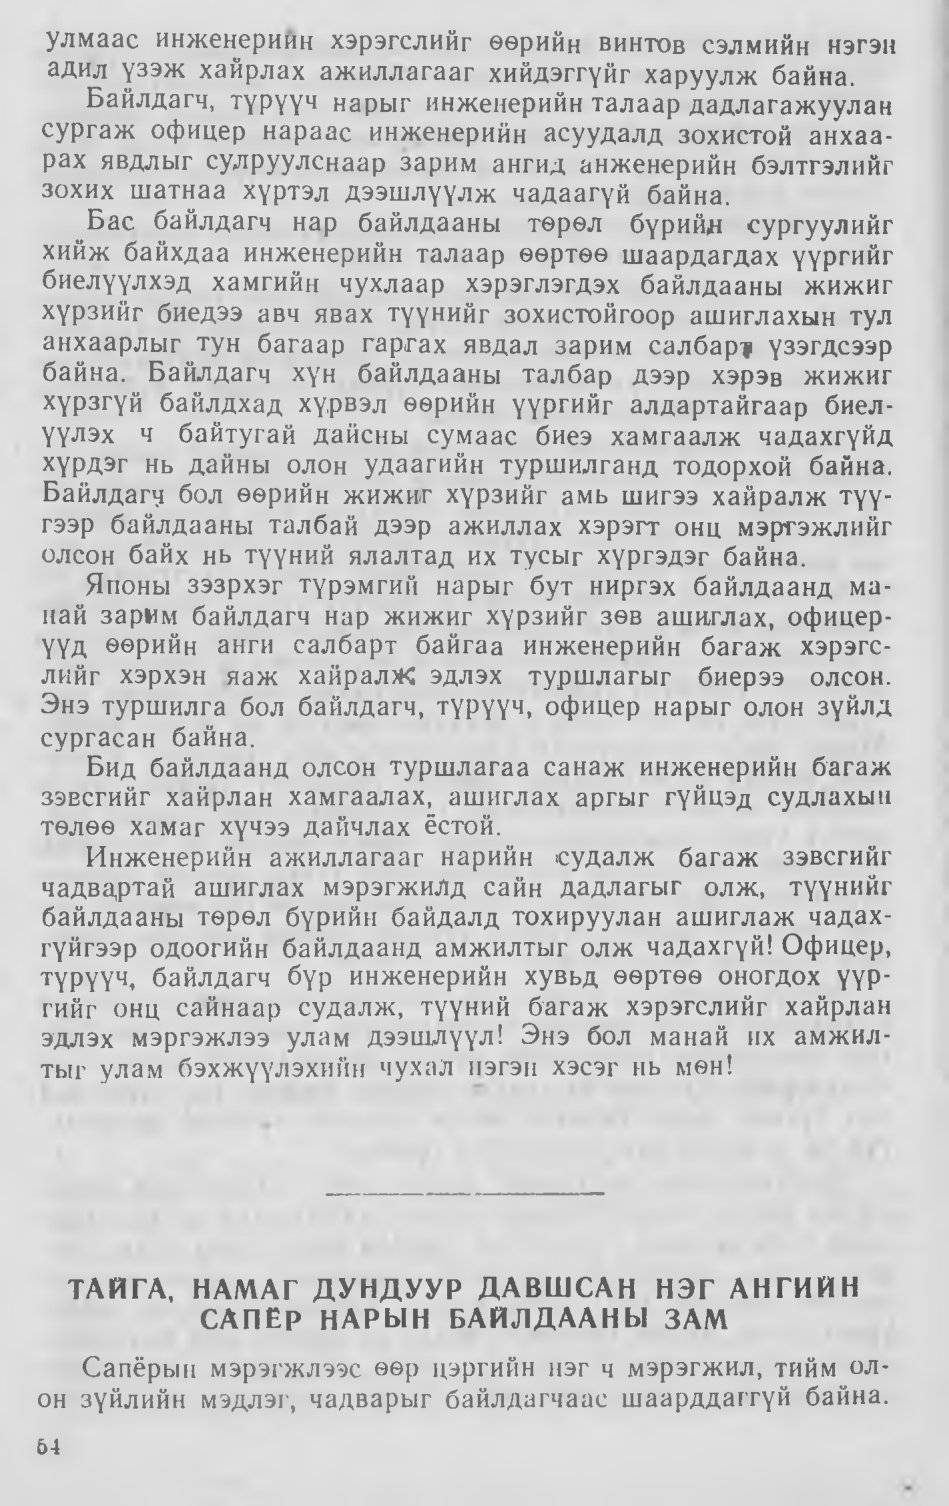
Language: mn